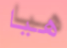
هيا